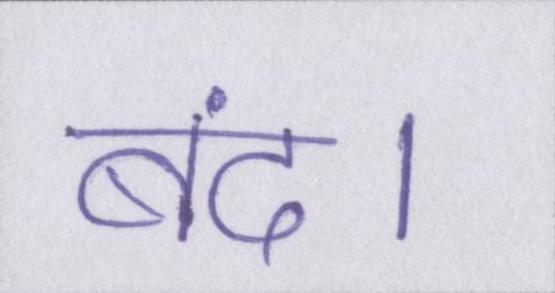
बंद।